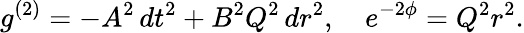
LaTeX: g^{(2)}=-A^{2}\, dt^{2}+B^{2}Q^{2}\, dr^{2},\quad e^{-2\phi}=Q^{2}r^{2}.